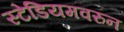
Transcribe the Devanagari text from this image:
स्टेडियमवरुन